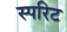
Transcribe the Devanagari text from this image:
स्परिट